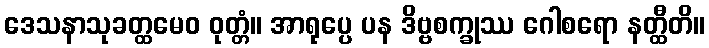
ဒေသနာသုခတ္ထမေဝ ဝုတ္တံ။ အာရုပ္ပေ ပန ဒိဗ္ဗစက္ခုဿ ဂေါစရော နတ္ထီတိ။